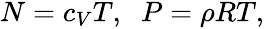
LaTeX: \begin{array}{r}{N=c_{V}T,\; \; P=\rho RT,}\end{array}